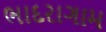
ભાદરાગામ